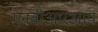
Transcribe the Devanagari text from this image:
एनबीआरआय